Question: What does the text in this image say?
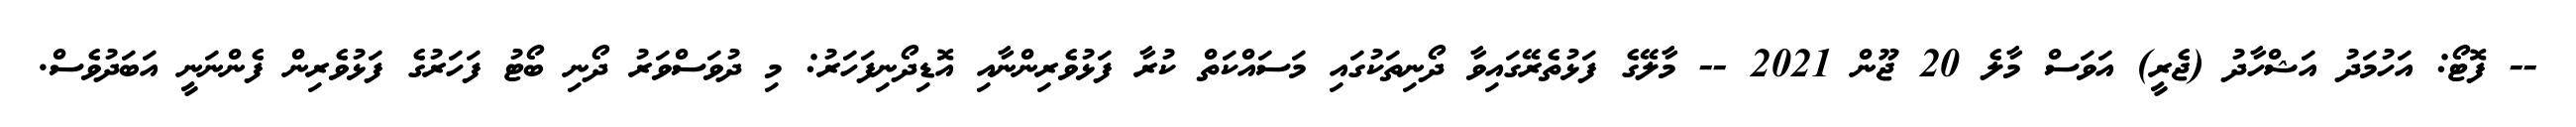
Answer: -- ފޮޓޯ: އަހުމަދު އަޝްހާދު (ޖެރީ) އަވަސް މާލެ 20 ޖޫން 2021 -- މާލޭގެ ފަޅުތެރޭގައިވާ ދޯނިތަކުގައި މަސައްކަތް ކުރާ ފަޅުވެރިންނާއި އޮޑިދޯނިފަހަރު: މި ދުވަސްވަރު ދޯނި ބޯޓު ފަހަރުގެ ފަޅުވެރިން ފެންނަނީ އަބަދުވެސް.